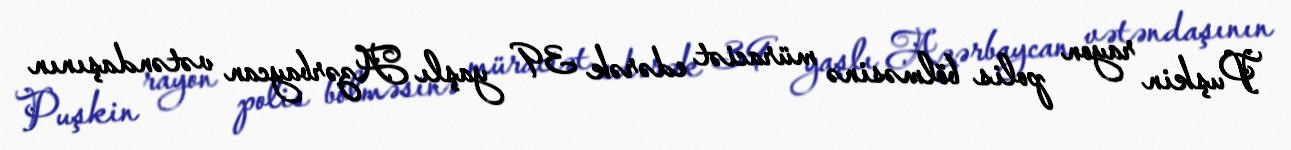
Puşkin rayon polis bölməsinə müraciət edərək 39 yaşlı Azərbaycan vətəndaşının